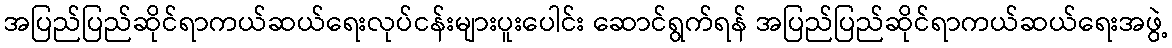
အပြည်ပြည်ဆိုင်ရာကယ်ဆယ်ရေးလုပ်ငန်းများပူးပေါင်း ဆောင်ရွက်ရန် အပြည်ပြည်ဆိုင်ရာကယ်ဆယ်ရေးအဖွဲ့